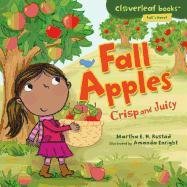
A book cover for Fall Apples: Crisp and Juicy (Cloverleaf Books - Fall's Here!); Martha E. H. Rustad; Children's Books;